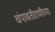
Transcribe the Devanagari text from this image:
चंपावतीराणीच्या